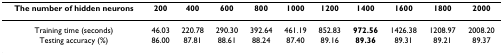
| The number of hidden neurons | 200 | 400 | 600 | 800 | 1000 | 1200 | 1400 | 1600 | 1800 | 2000 |
 | --- | --- | --- | --- | --- | --- | --- | --- | --- | --- | --- |
 | Training time (seconds) | 46.03 | 220.78 | 290.30 | 392.64 | 461.19 | 852.83 | 972.56 | 1426.38 | 1208.97 | 2008.20 |
 | Testing accuracy (%) | 86.00 | 87.81 | 88.61 | 88.24 | 87.40 | 89.16 | 89.36 | 89.31 | 89.21 | 89.37 |